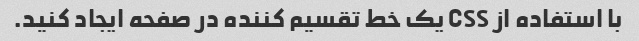
با استفاده از CSS یک خط تقسیم کننده در صفحه ایجاد کنید.